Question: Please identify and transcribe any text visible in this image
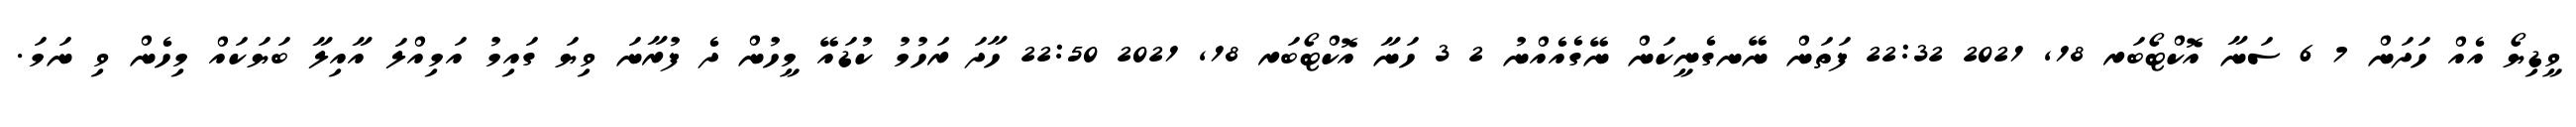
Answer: ވީޑިޔޯ އެއް ހަދަން 7 6 ސަނާ އޮކްޓޯބަރ 18, 2021 22:32 ފަތަން ނޭނގެނީކަން ނޭގެއެއްނު 2 3 ހަނާ އޮކްޓޯބަރ 18, 2021 22:50 ހާދަ ރަހުމު ކުޑައޭ މީހުން ދެ ފުރާނަ ވިޔަ ގައިމު އަމިއްލަ އާއިލާ ބަޔަކައް މިހެން ވި ނަމަ.